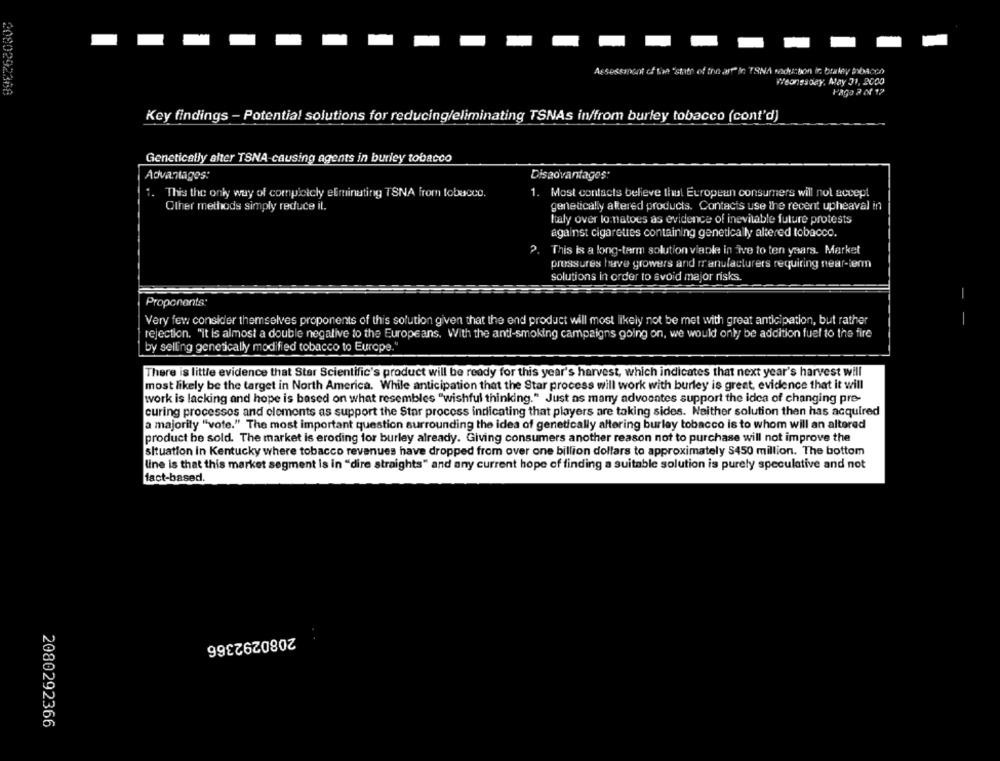
ISNA Reduction in. braley probacon
Weonssoay, May 31, 2000
9080292368
Pago 2 01 12
Key findings - Potential solutions for reducing/eliminating TSNAs in/from burley tobacco (cont'd)
Genetically alter TSNA-causing agents in burley tobacco
Advantages:
Disadvantages:
1.
This the only way of completcly eliminating TSNA from tobacco.
1. Most contacts believe that European consumers will not accept
Other methods simply reduce it.
geneucally altered products. Contacis use the recent upheaval in
Italy over lo natoes as evidence of inevitable future protests
against cigarettes containing genetica ly altered tobacco.
2. This is a long-term solution viable in five to ten years. Market
pressures have growers and manufacturers requiring near-term
solutions in order to avoid major risks.
-
Proponents:
Very few consider themselves proponents of this solution given that the end product will most likely not be met with great anticipation, but rather
rejection. "it is almost a double negative to the Europeans. With the anti-smoking campaigns going on, we would only be addition fuel to the fire
by selling genetically modified tobacco to Europe."
There is little evidence that Star Scientific's product will be ready for this year's harvest, which indicates that next year's harvest will
most likely be the target in North America. While anticipation that the Star process will work with burley is great, evidence that it will
work is lacking and hope is based on what resembles "wishful thinking." Just as many advoentes support the idea of changing pre-
curing processos and elements as support the Star process indicating that players are taking sides. Neither solution then has acquired
a majority "vote." The most important question surrounding the idea of genetically altering burley tobacco is to whom will an altered
product be sold. The market is eroding for burley already. Giving consumers another reason not to purchase will not improve the
situation in Kentucky where tobacco revenues have dropped from over one billion dollars to approximately $450 million. The bottom
line is that this market segment is in "dire straights" and any current hope of finding a suitable solution is purely speculative and not
fact-based.
2080292366
2080292366